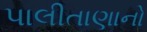
પાલીતાણાનો